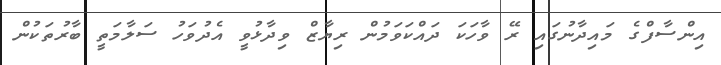
އިންސާފްގެ މައިދާނުގައި ރޭ ވާހަކަ ދައްކަވަމުން ރިޔާޒް ވިދާޅުވީ އެދުވަހު ސަލާމަތީ ބާރުތަކުން